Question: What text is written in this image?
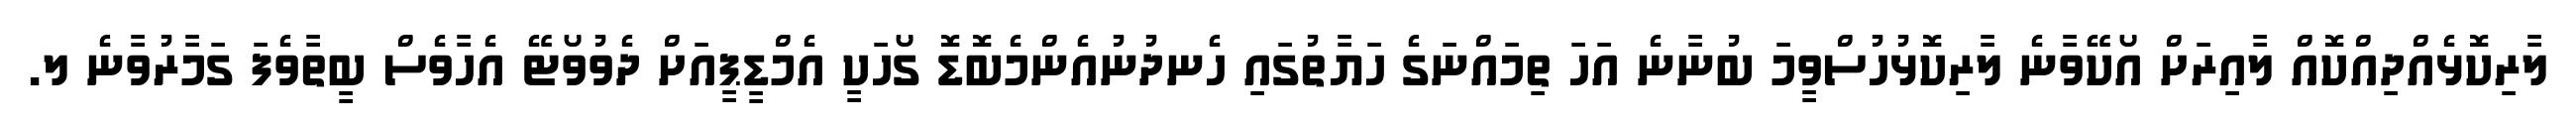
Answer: ލާރިކޮޅެއްދިއްކޮއް ލާއިރަށް އޯކޭވާނެ ލާރިކޮޅުހުސްވީމަ ބުނާނެ އަހަ ތިމައްނަގެ ހަޔާތުގައި ހެނދުނުއެންމެބޮޑޮ ގޯހަކީ އެމްޑީޕީއަށް ދެވުވޯޓޭ އެހާވެސް ބީތާވެފަ ގަމާރުވާނެ ލ.